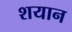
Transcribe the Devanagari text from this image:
शयान